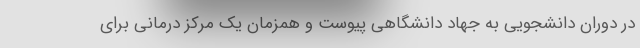
در دوران دانشجویی به جهاد دانشگاهی پیوست و همزمان یک مرکز درمانی برای